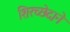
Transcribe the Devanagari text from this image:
शिरच्छेदाने